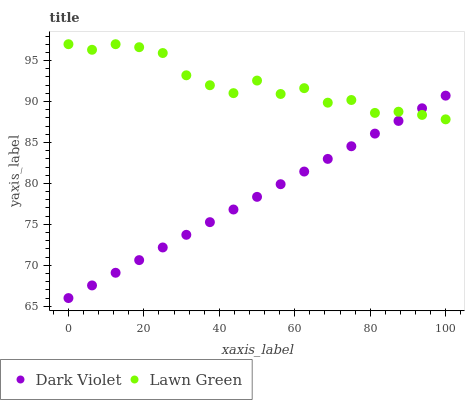
| xaxis_label | Dark Violet | Lawn Green |
 | --- | --- | --- |
 | 0 | 66 | 97 |
 | 6.25 | 67.5 | 96.3 |
 | 12.5 | 69.1 | 97 |
 | 18.8 | 70.6 | 96.6 |
 | 25 | 72.2 | 95.9 |
 | 31.2 | 73.7 | 93.2 |
 | 37.5 | 75.3 | 92 |
 | 43.8 | 76.8 | 91 |
 | 50 | 78.4 | 92.6 |
 | 56.2 | 79.9 | 90.9 |
 | 62.5 | 81.4 | 91.6 |
 | 68.8 | 83 | 89.9 |
 | 75 | 84.5 | 90.2 |
 | 81.2 | 86.1 | 88.6 |
 | 87.5 | 87.6 | 88.8 |
 | 93.8 | 89.2 | 88.4 |
 | 100 | 90.7 | 87.8 |